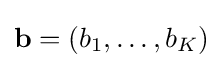
\mathbf {b} =(b_{1},\ldots ,b_{K})